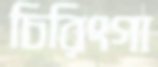
চিরিংগা